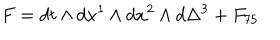
F = d t \wedge d x ^ { 1 } \wedge d x ^ { 2 } \wedge d \Delta ^ { 3 } + F _ { 7 5 }